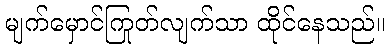
မျက်မှောင်ကြုတ်လျက်သာ ထိုင်နေသည်။